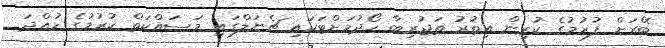
ބޭރަށް ފުރުމުގެ ކުރިން އިތުރު ތަޖުރިބާ ހޯދުމަށްޓަކައި ޗެނަލްގައި މަސައްކަތް ކުރުމުގެ ހުއްދަ